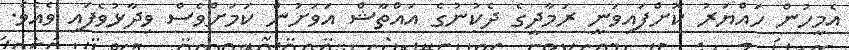
އެމީހުން ހައްޔަރު ކޮށްފައިވަނީ ރަމާދީގެ ދެކުނުގެ އައްތާޝް އަވަށުން ކަމަށްވެސް ވިދާޅުވެފައި ވެއެވެ.